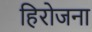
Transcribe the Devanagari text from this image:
हिरोजना